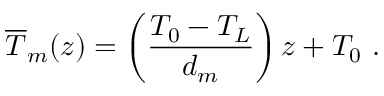
\overline { { T } } _ { m } ( z ) = \left( \frac { T _ { 0 } - T _ { L } } { d _ { m } } \right) z + T _ { 0 } ~ .